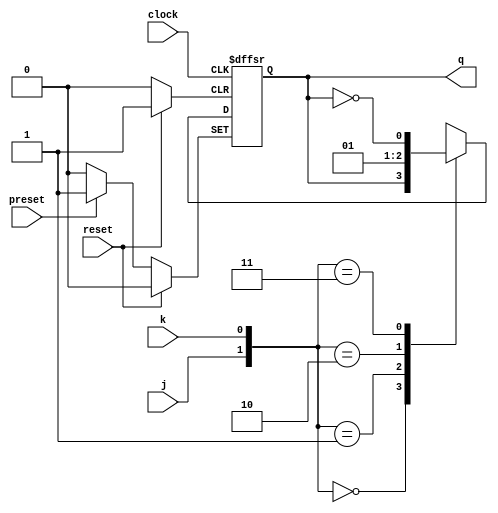
module FF_jk(
  j, k, reset, preset, clock, q
);
  input j, k, clock, preset;
  input reset;
  output q;

  reg q;

  initial begin
    q = 1'b0;
  end

  always @(posedge clock or posedge reset or posedge preset) begin
    if (reset) begin
      q = 1'b0;
    end else if (preset) begin
      q = 1'b1;
    end else begin
      case ({j, k})
        2'b00: q = q;
        2'b01: q = 1'b0;
        2'b10: q = 1'b1;
        2'b11: q = ~q;
      endcase
    end
  end
endmodule

module TB_FF_jk();
  reg j, k, clk, reset, preset;
  wire q;

  FF_jk FF_jk(j, k, reset, preset, clk, q);

  initial begin
    reset = 1'b0;
    preset = 1'b0;

    j = 1'b0; k = 1'b0; clk = 1'b0; #10; // q = 0
    j = 1'b0; k = 1'b0; clk = 1'b1; #10; // q = 0

    j = 1'b1; k = 1'b0; clk = 1'b0; #10; // q = 0
    j = 1'b1; k = 1'b0; clk = 1'b1; #10; // q = 1

    j = 1'b0; k = 1'b1; clk = 1'b0; #10; // q = 1
    j = 1'b0; k = 1'b1; clk = 1'b1; #10; // q = 0

    j = 1'b1; k = 1'b1; clk = 1'b0; #10; // q = 0
    j = 1'b1; k = 1'b1; clk = 1'b1; #10; // q = 1

    j = 1'b0; k = 1'b0; clk = 1'b0; #10; // q = 1
    j = 1'b0; k = 1'b0; clk = 1'b1; #10; // q = 1

    reset = 1'b1; #10;
    reset = 1'b0; #10;

    j = 1'b0; k = 1'b0; clk = 1'b0; #10; // q = 0
    j = 1'b0; k = 1'b0; clk = 1'b1; #10; // q = 0
  end

endmodule